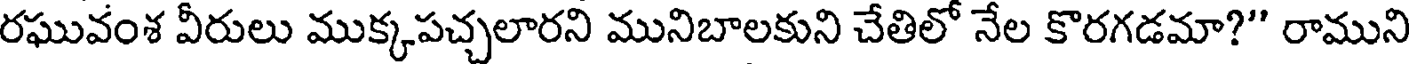
రఘువంశ వీరులు ముక్కపచ్చలారని మునిబాలకుని చేతిలో నేల కొరగడమా?" రాముని